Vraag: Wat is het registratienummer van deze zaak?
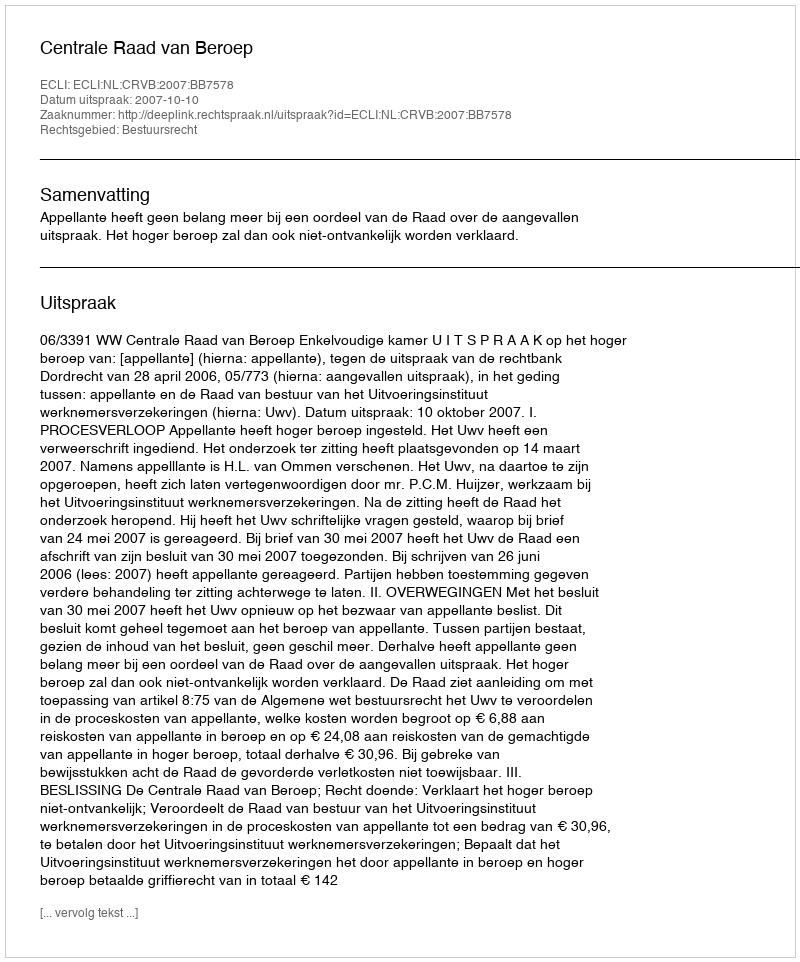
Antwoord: http://deeplink.rechtspraak.nl/uitspraak?id=ECLI:NL:CRVB:2007:BB7578